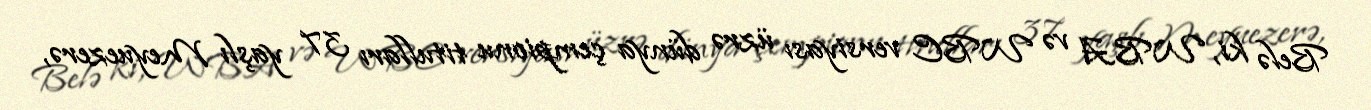
Belə ki, WBA və WBC versiyası üzrə dünya çempionu titulları 37 yaşlı Meyuezerə,